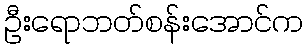
ဦးရောဘတ်စန်းအောင်က